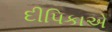
દીપિકાએ